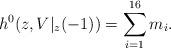
LaTeX: \begin{align*}h^{0}(z, V|_{z}(-1)) = \sum_{i=1}^{16} m_i.\end{align*}